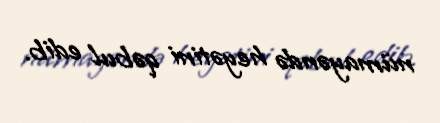
nümayəndə heyətini qəbul edib.